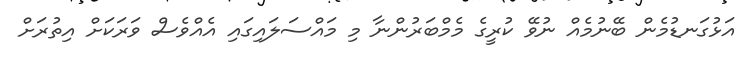
އަޅުގަނޑުމެން ބޭނުމެއް ނުވޭ ކުރީގެ މެމްބަރުންނާ މި މައްސަލައިގައި އެއްވެސް ވަރަކަށް އިތުރަށް